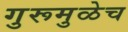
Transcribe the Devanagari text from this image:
गुरूमुळेच